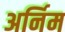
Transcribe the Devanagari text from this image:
अर्निम